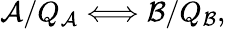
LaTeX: {\cal A}/Q_{\cal A}\Longleftrightarrow{\cal B}/Q_{\cal B},